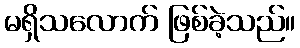
မရှိသလောက် ဖြစ်ခဲ့သည်။